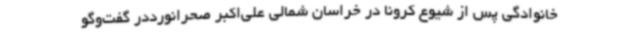
خانوادگی پس از شیوع کرونا در خراسان شمالی علی‌اکبر صحرانورددر گفت‌وگو